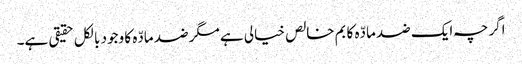
اگرچہ ایک ضد مادّہ کا بم خالص خیالی ہے مگر ضد مادّہ کا وجود بالکل حقیقی ہے۔